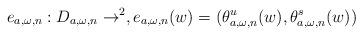
LaTeX: \begin{align*}e_{a,\omega,n}:D_{a,\omega, n}\to \real^2, e_{a,\omega,n}(w)=(\theta_{a,\omega,n}^u(w), \theta_{a,\omega,n}^s(w))\end{align*}